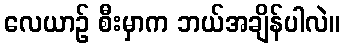
လေယာဉ် စီးမှာက ဘယ်အချိန်ပါလဲ။